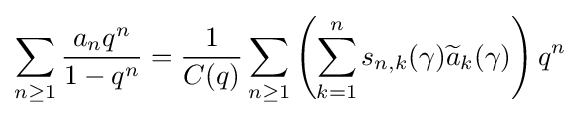
\sum _{n\geq 1}{\frac {a_{n}q^{n}}{1-q^{n}}}={\frac {1}{C(q)}}\sum _{n\geq 1}\left(\sum _{k=1}^{n}s_{n,k}(\gamma ){\widetilde {a}}_{k}(\gamma )\right)q^{n}